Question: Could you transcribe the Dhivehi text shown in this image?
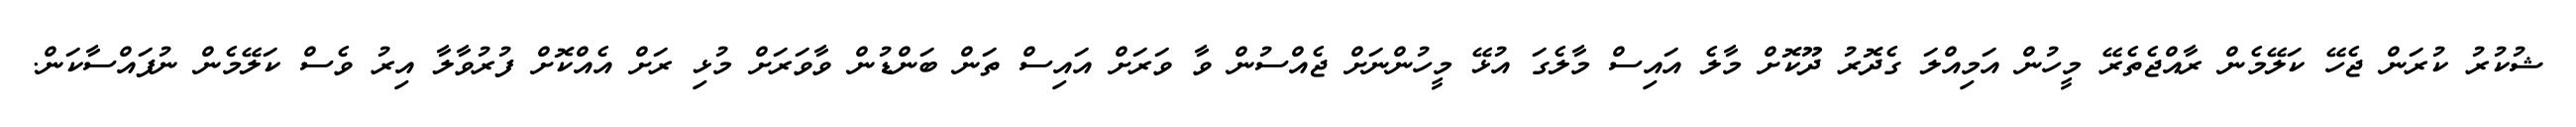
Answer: ޝުކުރު ކުރަން ޖެހޭ ކަލޭމެން ރާއްޖެތެރޭ މީހުން އަމިއްލަ ގެދޮރު ދޫކޮށް މާލެ އައިސް މާލެގަ އުޅޭ މީހުންނަށް ޖެއްސުން ވާ ވަރަށް އައިސް ތަން ބަންޑުން ވާވަރަށް މުޅި ރަށް އެއްކޮށް ފުރުވާލާ އިރު ވެސް ކަލޭމެން ނުފައްސާކަން.